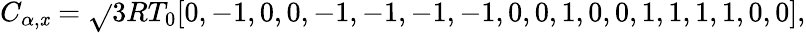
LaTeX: C_{\alpha,\mathit{x}}=\sqrt{}{{3RT_{0}}}[0,-1,0,0,-1,-1,-1,-1,0,0,1,0,0,1,1,1,1,0,0],